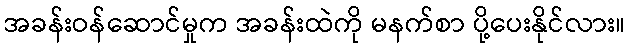
အခန်းဝန်ဆောင်မှုက အခန်းထဲကို မနက်စာ ပို့ပေးနိုင်လား။